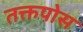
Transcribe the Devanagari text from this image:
तक्तपोस